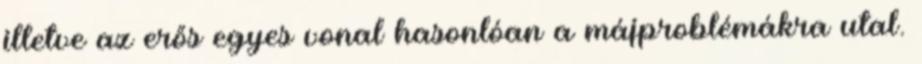
illetve az erős egyes vonal hasonlóan a májproblémákra utal.